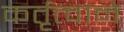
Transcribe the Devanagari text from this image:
कर्तृत्त्वाने